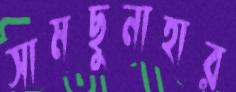
সামছুনাহার